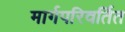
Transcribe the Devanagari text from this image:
मार्गपरिवर्तित